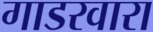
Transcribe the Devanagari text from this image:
गाडरवारा